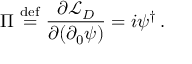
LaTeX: \Pi \ { \overset { \mathrm { d e f } } { = } } \ { \frac { \partial { \mathcal { L } } _ { D } } { \partial ( \partial _ { 0 } \psi ) } } = i \psi ^ { \dagger } \, .